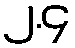
၂.၄